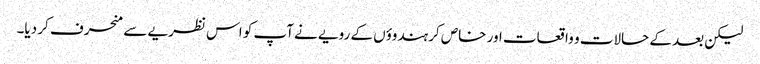
لیکن بعد کے حالات و واقعات اور خاص کر ہندوؤں کے رویے نے آپ کو اس نظریے سے منحرف کر دیا۔